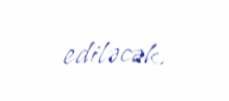
ediləcək.